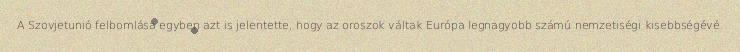
A Szovjetunió felbomlása egyben azt is jelentette, hogy az oroszok váltak Európa legnagyobb számú nemzetiségi kisebbségévé.